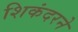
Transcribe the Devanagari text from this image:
शिकंदरने